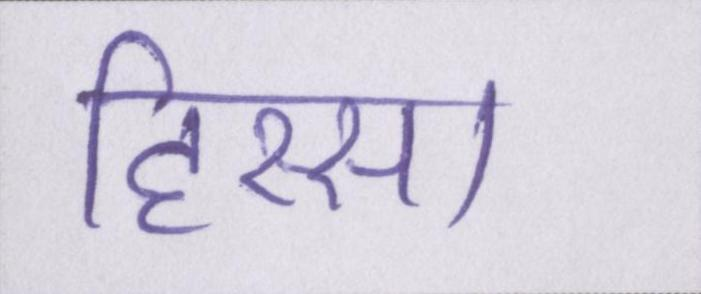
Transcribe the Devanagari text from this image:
हिस्सा